画像に写った文字を読んでください
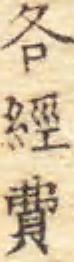
「各經費」と書いてあります